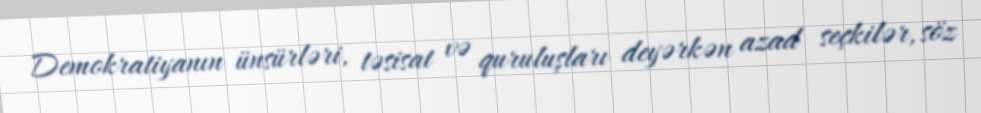
Demokratiyanın ünsürləri, təsisat və quruluşları deyərkən azad seçkilər, söz